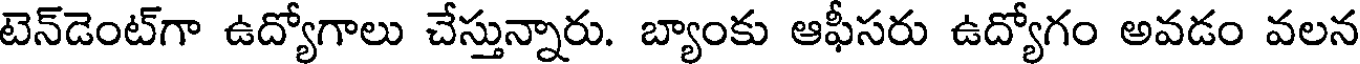
టెన్డెంట్గా ఉద్యోగాలు చేస్తున్నారు. బ్యాంకు ఆఫీసరు ఉద్యోగం అవడం వలన